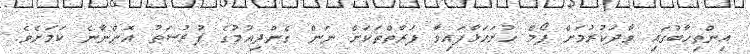
އިންތިހާބުގައި ވާދަކުރުމަށް ފޯމް ހުށަހަޅާފައިވާ ފަރާތްތަކަށް ނަން ގެންދިއުމުގެ ފުރުސަތު އޮންނާނެ ކަމަށެވެ.